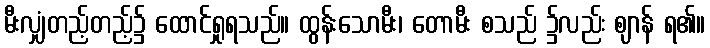
မီးလျှံတည့်တည့်၌ ထောင်ရှုရသည်။ ထွန်းသောမီး၊ တောမီး စသည် ၌လည်း ဈာန် ရ၏။